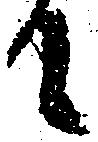
て